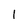
Character: 1